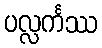
ပလ္လင်္ကဿ